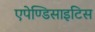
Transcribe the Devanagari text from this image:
एपेण्डिसाइटिस